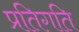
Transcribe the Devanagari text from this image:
प्रतिगति